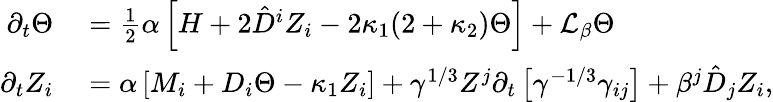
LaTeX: \begin{array}{rl}{\partial_{t}\Theta}&{{}=\frac{1}{2}\alpha\left[H+2\hat{D}^{i}Z_{i}-2\kappa_{1}(2+\kappa_{2})\Theta\right]+\mathcal{L}_{\beta}\Theta}\\ {\partial_{t}Z_{i}}&{{}=\alpha\left[M_{i}+D_{i}\Theta-\kappa_{1}Z_{i}\right]+\gamma^{1/3}Z^{j}\partial_{t}\left[\gamma^{-1/3}\gamma_{ij}\right]+\beta^{j}\hat{D}_{j}Z_{i},}\end{array}